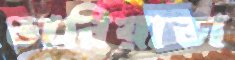
ভারিয়াভা